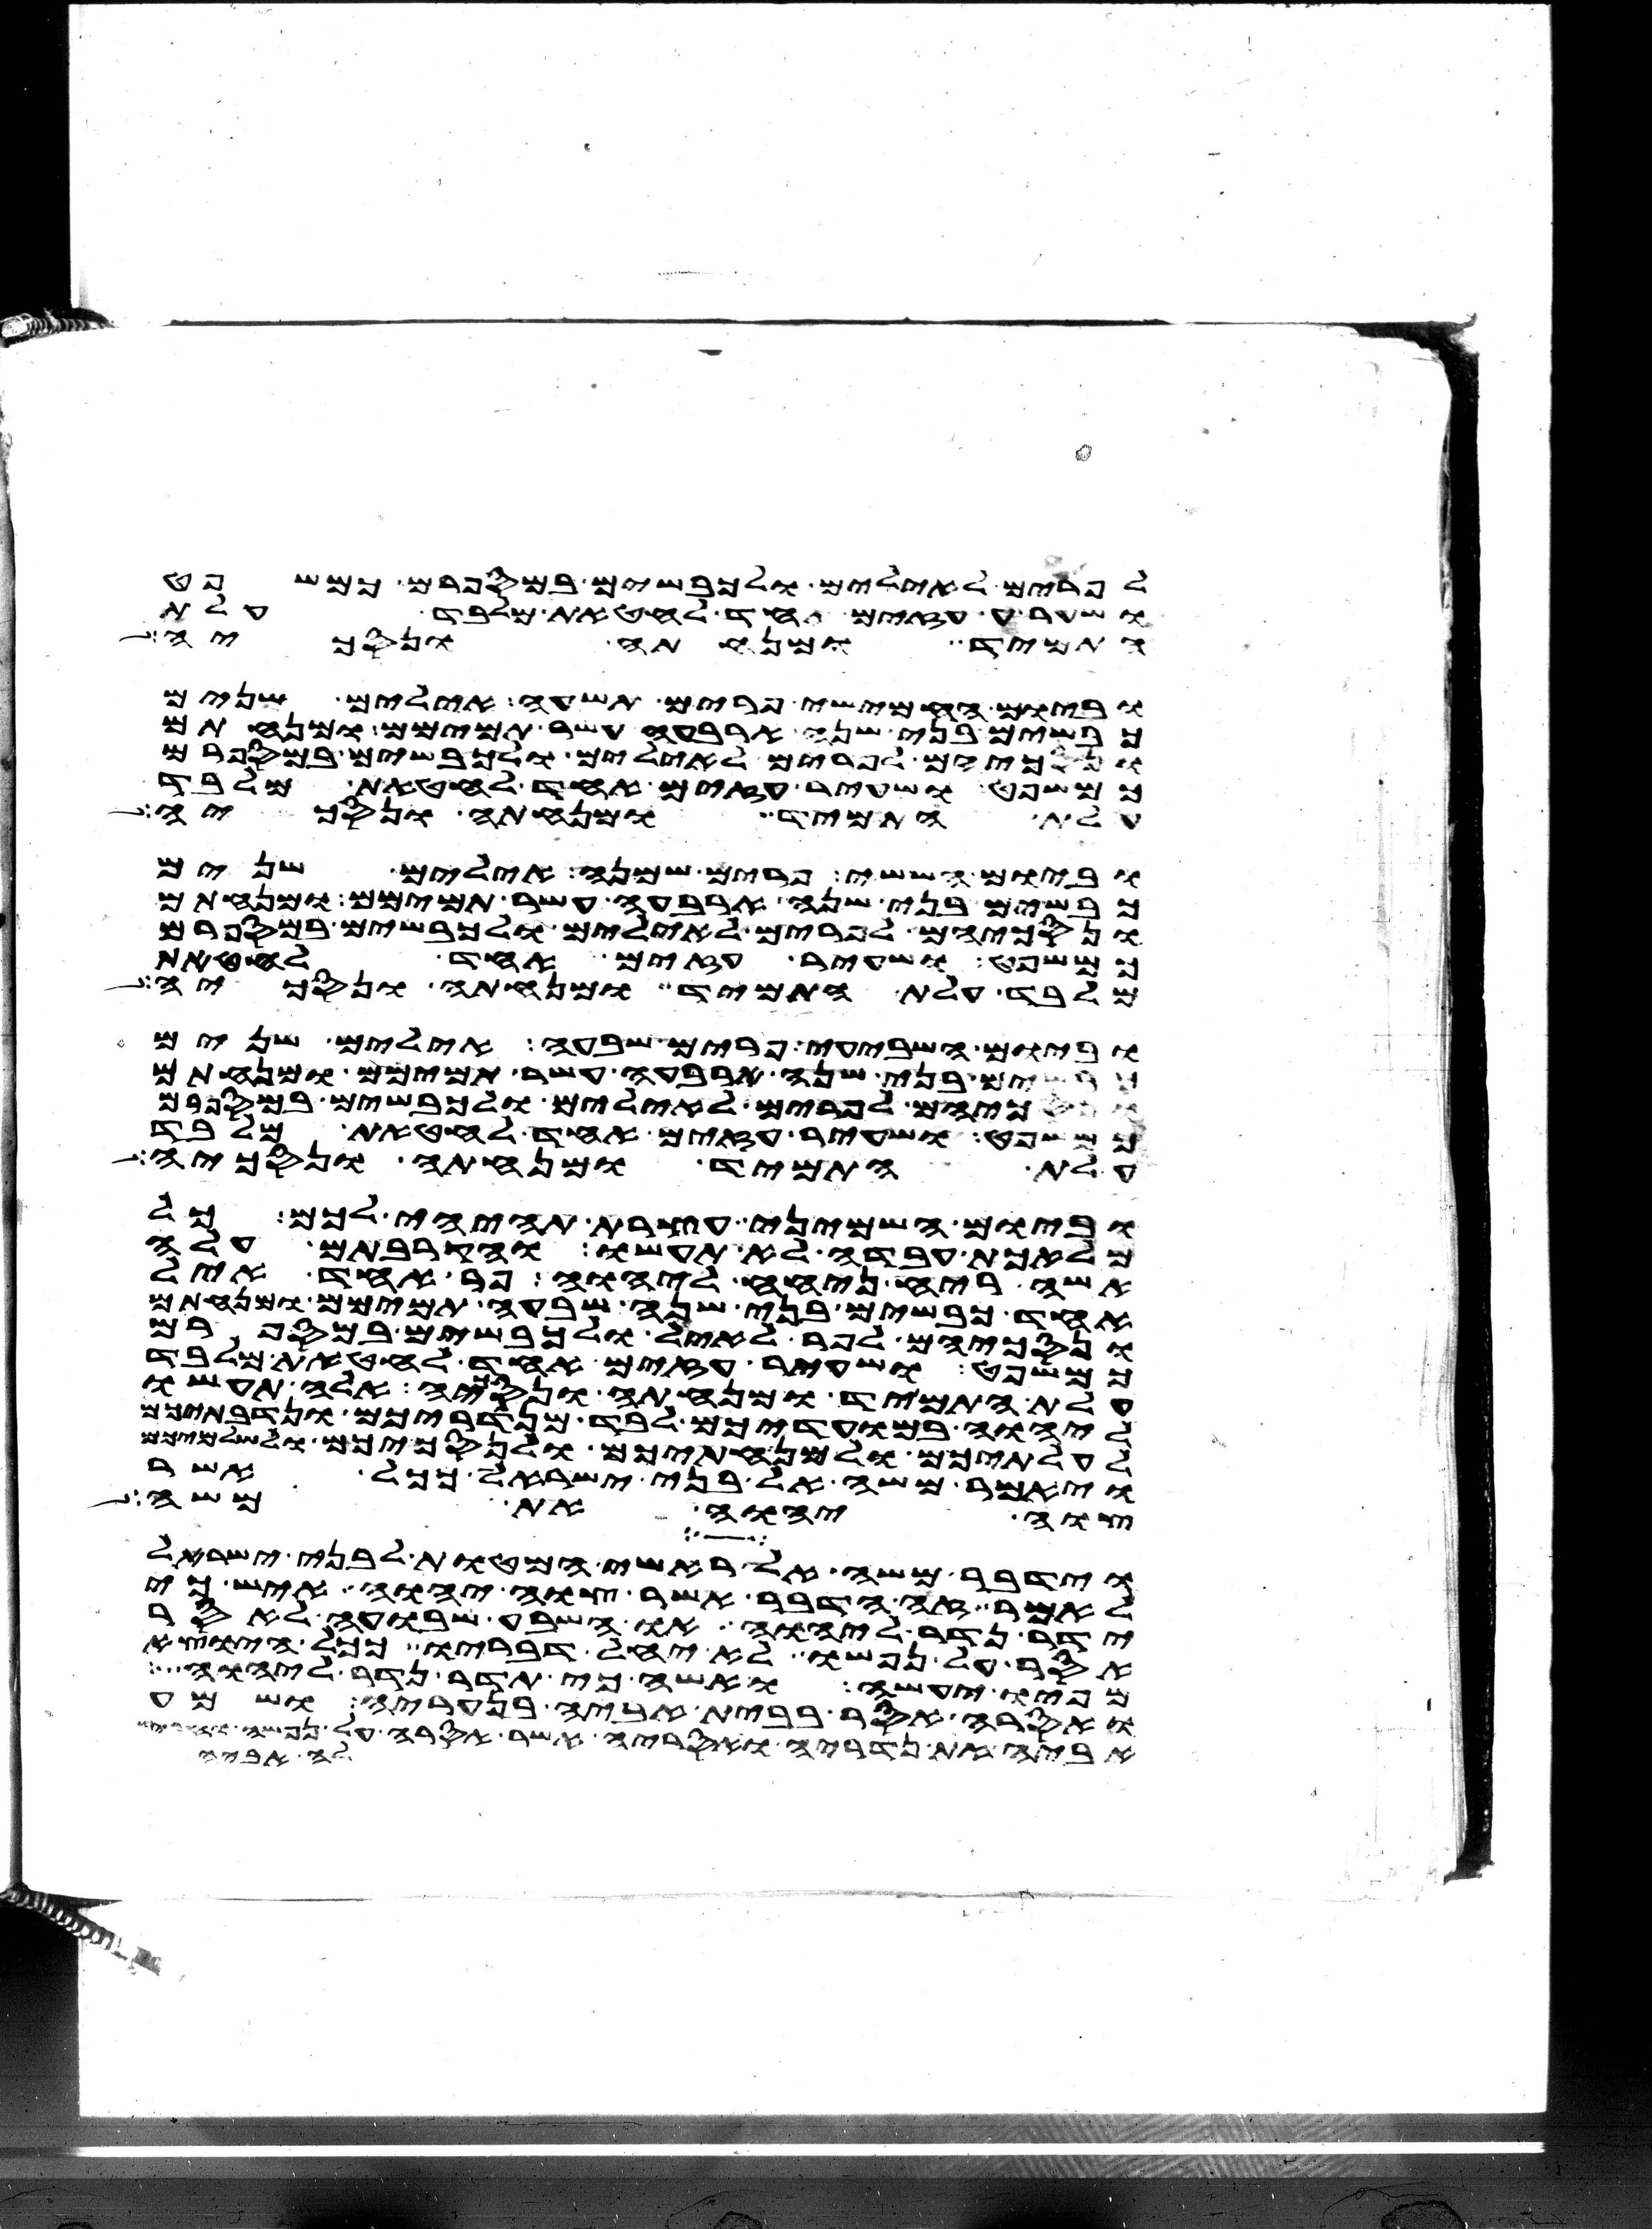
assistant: לפרים לאילים ולכבשים במספרם כמשפט
ושעיר עזים אחד לחטאת מלבד עלת
התמיד ומנחתה ונסכיה
וביום החמישי פרים תשעה אילים שנים
כבשים בני שנה ארבעה עשר תמימם ומנחתם
ונסכיהם לפרים לאילים ולכבשים במספרם
כמשפט ושעיר עזים אחד לחטאת מלבד
עלת התמיד ומנחתה ונסכיה
וביום הששי פרים שמנה אילים שנים
כבשים בני שנה ארבעה עשר תמימם ומנחתם
ונסכיהם לפרים לאילים ולכבשים במספרם
כמשפט ושעיר עזים אחד לחטאת
מלבד עלת התמיד ומנחתה ונסכיה
וביום השביעי פרים שבעה אילים שנים
כבשים בני שנה ארבעה עשר תמימם ומנחתם
ונסכיהם לפרים לאילים ולכבשים במספרם
כמשפט ושעיר עזים אחד לחטאת מלבד
עלת התמיד ומנחתה ונסכיה
וביום השמיני עצרת תהיה לכם כל
מלאכת עבדה לא תעשו והקרבתם עלה
אשה ריח ניחח ליהוה פר אחד איל
אחד כבשים בני שנה שבעה תמימם ומנחתם
ונסכיהם לפר לאיל ולכבשים במספרם
כמשפט ושעיר עזים אחד לחטאת מלבד
עלת התמיד ומנחתה ונסכיה אלה תעשו
ליהוה במועדיכם לבד מנדריכם ונדבתיכם
לעלתיכם ולמנחתיכם ולנסכיכם ולשלמיכם
ויאמר משה אל בני ישראל ככל אשר
צוה יהוה את משה
וידבר משה אל ראשי המטות לבני ישראל
לאמר זה הדבר אשר צוה יהוה איש כי
ידר נדר ליהוה או השבע שבועה לאסר
אסר על נפשו לא יחל דבריו ככל היוצא
מפיו יעשה ואשה כי תדר נדר ליהוה
ואסרה אסר בבית אביה בנעריה ושמע
אביה את נדריה ואסריה אשר אסרה על נפשה והחריש
לה אביה